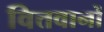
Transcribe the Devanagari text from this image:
वित्तवानों